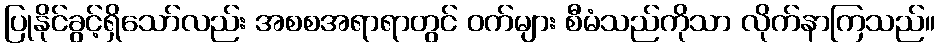
ပြုနိုင်ခွင့်ရှိသော်လည်း အစစအရာရာတွင် ဝက်များ စီမံသည်ကိုသာ လိုက်နာကြသည်။